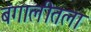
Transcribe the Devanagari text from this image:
बंगालीतला